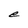
Character: e